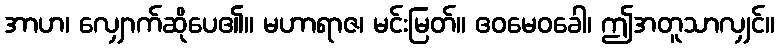
အာဟ၊ လျှောက်ဆိုပေ၏။ မဟာရာဇ၊ မင်းမြတ်။ ဧဝမေဝခေါ၊ ဤအတူသာလျှင်။